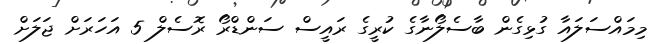
މިމައްސަލައާ ގުޅިގެން ބާސެލޯނާގެ ކުރީގެ ރައީސް ސަންޑްރޯ ރޮސެލް 5 އަހަރަށް ޖަލަށް